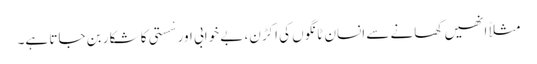
مثلاً انھیں کھانے سے انسان ٹانگوں کی اکڑن، بے خوابی اور سْستی کا شکار بن جاتا ہے۔